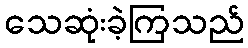
သေဆုံးခဲ့ကြသည်